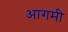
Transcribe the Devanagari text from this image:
आगमी